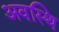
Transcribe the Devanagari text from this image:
अवस्थि